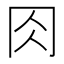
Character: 𠕎